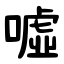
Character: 噓